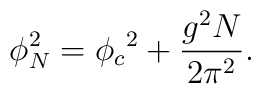
\phi_N^2  = {\phi_c}^2  + {g^2 N\over 2 \pi^2}.